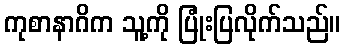
ကုစာနာဂိက သူ့ကို ပြုံးပြလိုက်သည်။